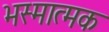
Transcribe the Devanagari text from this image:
भस्मात्मक